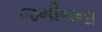
જમીનના